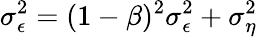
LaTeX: \sigma_{\epsilon}^{2}=(1-\beta)^{2}\sigma_{\epsilon}^{2}+\sigma_{\eta}^{2}